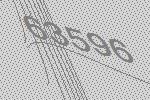
63596